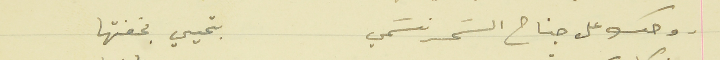
وجك على جناح السَحر نسَمي                          بتحيي بخفتها